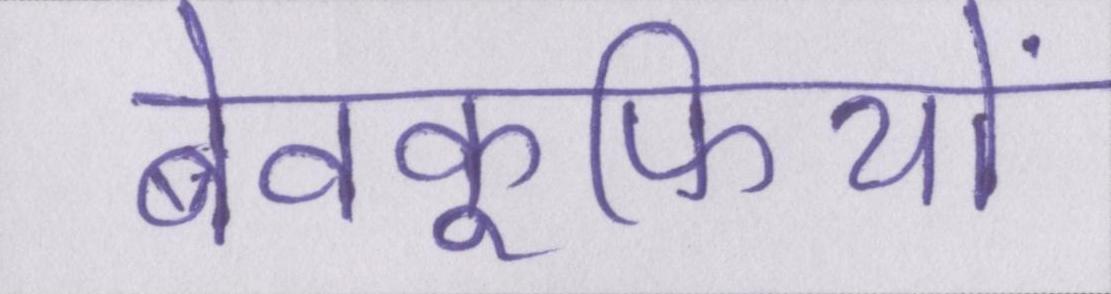
बेवकूफियों